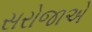
સરોજાએ